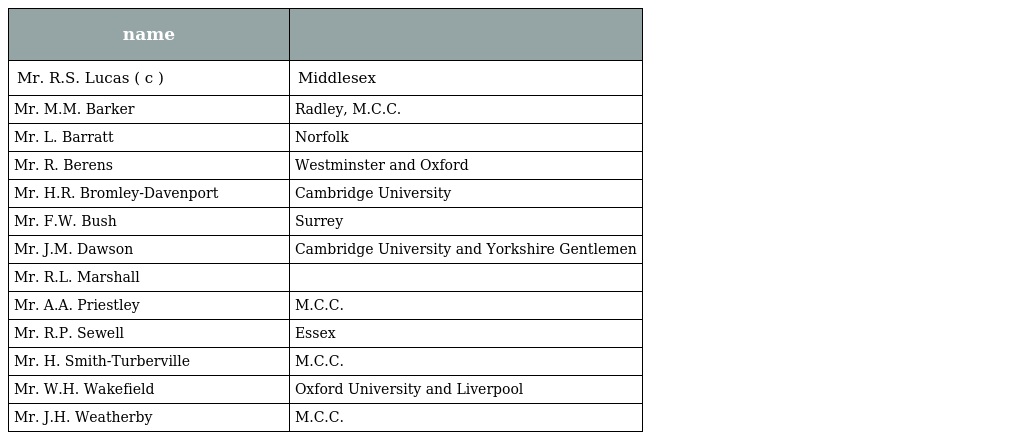
| name |  |
 | --- | --- |
 | Mr. R.S. Lucas ( c ) | Middlesex |
 | Mr. M.M. Barker | Radley, M.C.C. |
 | Mr. L. Barratt | Norfolk |
 | Mr. R. Berens | Westminster and Oxford |
 | Mr. H.R. Bromley-Davenport | Cambridge University |
 | Mr. F.W. Bush | Surrey |
 | Mr. J.M. Dawson | Cambridge University and Yorkshire Gentlemen |
 | Mr. R.L. Marshall |  |
 | Mr. A.A. Priestley | M.C.C. |
 | Mr. R.P. Sewell | Essex |
 | Mr. H. Smith-Turberville | M.C.C. |
 | Mr. W.H. Wakefield | Oxford University and Liverpool |
 | Mr. J.H. Weatherby | M.C.C. |